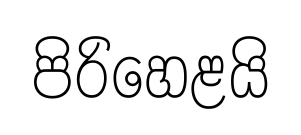
පිරිහෙළයි